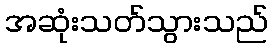
အဆုံးသတ်သွားသည်